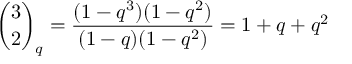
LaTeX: { \binom { 3 } { 2 } } _ { q } = { \frac { ( 1 - q ^ { 3 } ) ( 1 - q ^ { 2 } ) } { ( 1 - q ) ( 1 - q ^ { 2 } ) } } = 1 + q + q ^ { 2 }